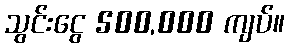
သွင်းငွေ 500,000 ကျပ်။